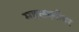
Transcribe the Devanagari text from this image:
महलक्ष्मीवर